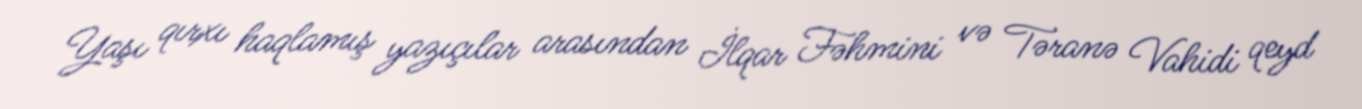
Yaşı qırxı haqlamış yazıçılar arasından İlqar Fəhmini və Təranə Vahidi qeyd